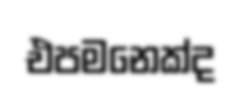
එපමනෙක්ද